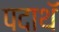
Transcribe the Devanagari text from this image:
पदाथॅ